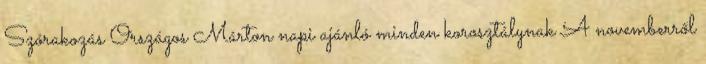
Szórakozás Országos Márton napi ajánló minden korosztálynak A novemberről